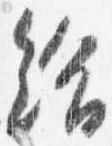
給